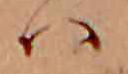
ハ